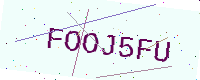
Text: FOOJ5FU